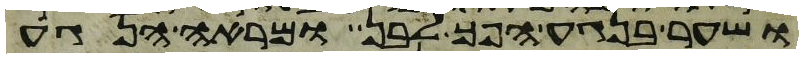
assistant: ושער בנגע הפך לבן ומראה הנגע